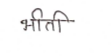
मजकूर: भीती